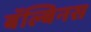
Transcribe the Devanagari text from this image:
बॅल्बिनस